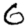
Digit: 6